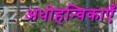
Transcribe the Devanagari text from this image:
अधोहन्विकाएँ